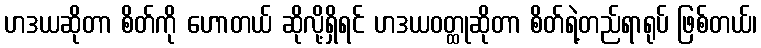
ဟဒယဆိုတာ စိတ်ကို ဟောတယ် ဆိုလို့ရှိရင် ဟဒယဝတ္ထုဆိုတာ စိတ်ရဲ့တည်ရာရုပ် ဖြစ်တယ်၊